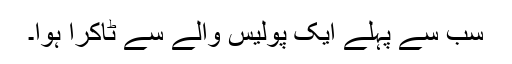
سب سے پہلے ایک پولیس والے سے ٹاکرا ہوا۔